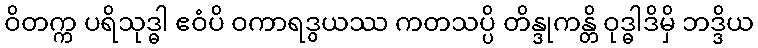
ဝိတက္က ပရိသုဒ္ဓါ ဧဝံပိ ဝကာရဒွယဿ ကတသပ္ပိ တိန္ဒုကန္တိ ဝုဒ္ဓါဒိမှိ ဘဒ္ဒိယ